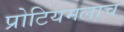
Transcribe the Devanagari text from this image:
प्रोटियमलाच